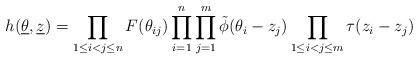
LaTeX: \begin{align*}h(\underline{\theta },{\underline{z}})=\prod_{1\le i<j\le n}F(\theta_{ij})\prod_{i=1}^{n}\prod_{j=1}^{m}\tilde{\phi}(\theta_{i}-z_{j})\prod_{1\le i<j\le m}\tau (z_{i}-z_{j})\end{align*}